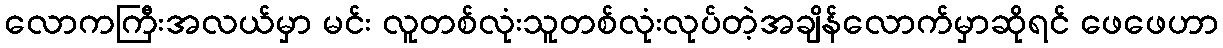
လောကကြီးအလယ်မှာ မင်း လူတစ်လုံးသူတစ်လုံးလုပ်တဲ့အချိန်လောက်မှာဆိုရင် ဖေဖေဟာ